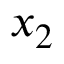
x _ { 2 }